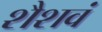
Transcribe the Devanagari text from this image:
शैशवं